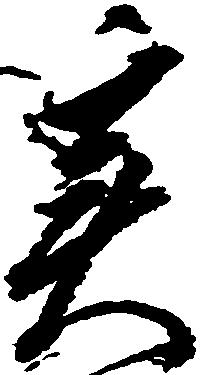
実